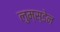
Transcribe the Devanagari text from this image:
लुम्स्डेन